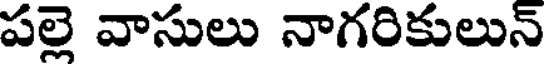
పల్లె వాసులు నాగరికులున్